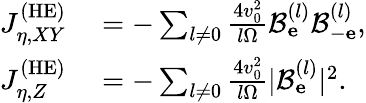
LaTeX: \begin{array}{rl}{J_{\eta,XY}^{\mathrm{(HE)}}}&{{}=-\sum_{l\neq 0}\frac{4v_{0}^{2}}{l\Omega}\mathcal{B}_{\mathbf e}^{(l)}\mathcal{B}_{-\mathbf e}^{(l)},}\\ {J_{\eta,Z}^{\mathrm{(HE)}}}&{{}=-\sum_{l\neq 0}\frac{4v_{0}^{2}}{l\Omega}|\mathcal{B}_{\mathbf e}^{(l)}|^{2}.}\end{array}